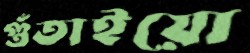
গুঁতাইয়ো